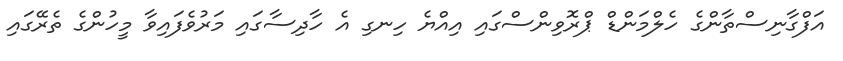
އަފްގާނިސްތާންގެ ހެލްމަންޑް ޕްރޮވިންސްގައި އިއްޔެ ހިނގި އެ ހާދިސާގައި މަރުވެފައިވާ މީހުންގެ ތެރޭގައި